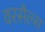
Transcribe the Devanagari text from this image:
वरसैल्स